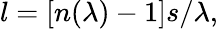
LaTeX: l=[n(\lambda)-1]s/\lambda,